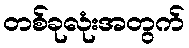
တစ်ခုလုံးအတွက်